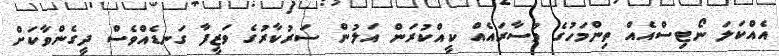
އެއްކަލަ ނޯޓިސްއެއް ތިންމަހުގެ މުސާރައެއް ކީއްކުރަން އަލުން ސަރުކާރުގެ ވަޒީފާ ގަނޑެއްވެސް ދީގެންވާކަށް